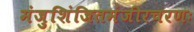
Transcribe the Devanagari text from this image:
मंजुशिंजितमंजीरचरणः